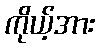
ကိုယ့်အား